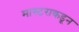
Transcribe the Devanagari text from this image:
मास्टराकडून